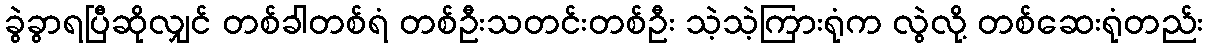
ခွဲခွာရပြီဆိုလျှင် တစ်ခါတစ်ရံ တစ်ဦးသတင်းတစ်ဦး သဲ့သဲ့ကြားရုံက လွဲလို့ တစ်ဆေးရုံတည်း